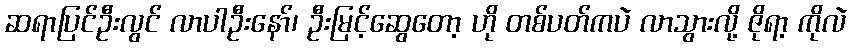
ဆရာပြင်ဦးလွင် လာပါဦးနော်၊ ဦးမြင့်ဆွေတော့ ဟို တစ်ပတ်ကပဲ လာသွားလို့ ဇိုရာ့ ကိုလဲ